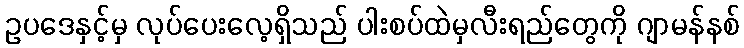
ဥပဒေနှင့်မှ လုပ်ပေးလေ့ရှိသည် ပါးစပ်ထဲမှလီးရည်တွေကို ဂျာမန်နစ်